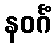
နဝင်္ဂံ